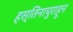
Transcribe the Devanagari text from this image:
हस्तिनापुराहून